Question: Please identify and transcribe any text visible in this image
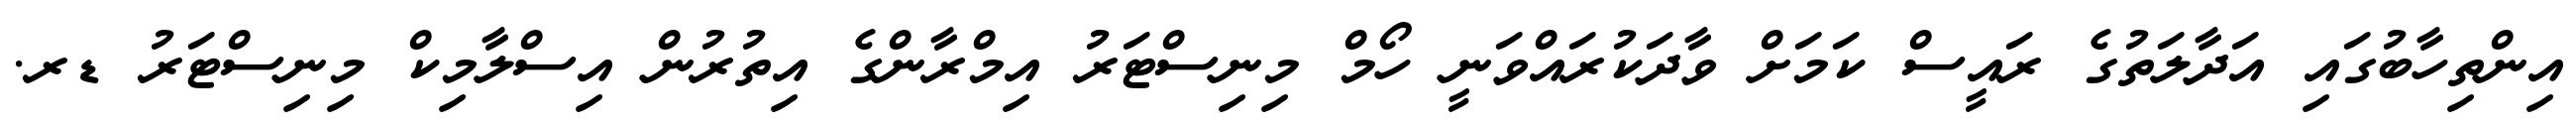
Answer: އިންތިހާބުގައި އަދާލަތުގެ ރައީސް ކަމަށް ވާދަކުރައްވަނީ ހޯމް މިނިސްޓަރު އިމްރާންގެ އިތުރުން އިސްލާމިކް މިނިސްޓަރު ޑރ.